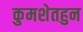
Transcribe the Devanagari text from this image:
कुमशेतहुन